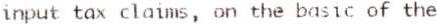
INPUT TAX CLAIMS, ON THE BASIC OF THE